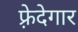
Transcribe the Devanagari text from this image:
फ़्रेदेगार